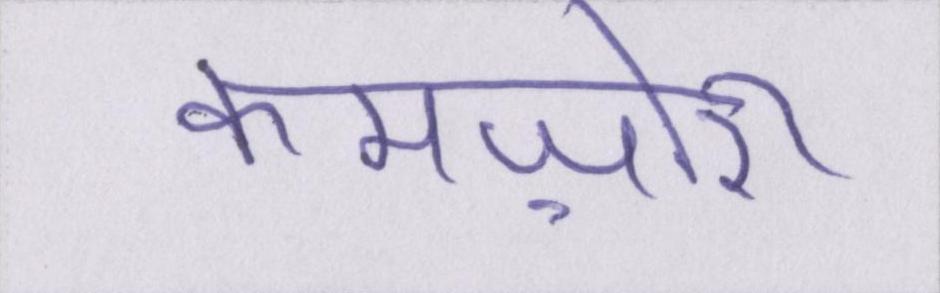
कमज़ोरी